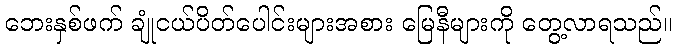
ဘေးနှစ်ဖက် ချုံငယ်ပိတ်ပေါင်းများအစား မြေနီများကို တွေ့လာရသည်။